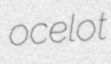
ocelot